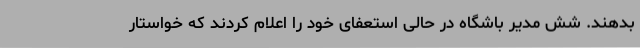
بدهند. شش مدیر باشگاه در حالی استعفای خود را اعلام کردند که خواستار